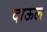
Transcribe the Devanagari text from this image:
दाऊल